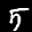
Label: 5